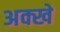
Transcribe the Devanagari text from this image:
अक्खे